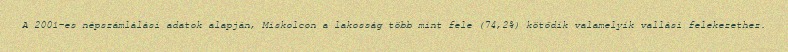
A 2001-es népszámlálási adatok alapján, Miskolcon a lakosság több mint fele (74,2%) kötődik valamelyik vallási felekezethez.